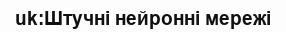
uk:Штучні нейронні мережі